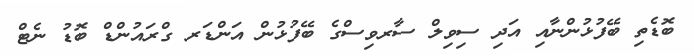
ބޮޑެތި ބޭފުޅުންނާއި އަދި ސިވިލް ސާރވިސްގެ ބޭފުޅުން އަންޑަރ ގްރައުންޑް ބޮޑު ނެޓް